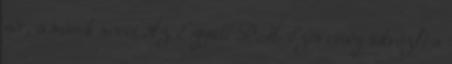
sír, a másik nevet Az Együtt-PM Szövetség üdvözli a